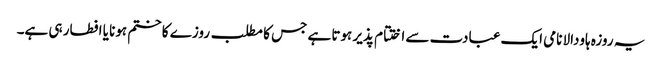
یہ روزہ ہاودالا نامی ایک عبادت سے اختتام پذیر ہوتا ہے جس کا مطلب روزے کا ختم ہونا یا افطار ہی ہے۔